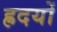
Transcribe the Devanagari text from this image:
ह्रदयों